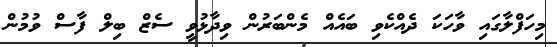
މިހަފްލާގައި ވާހަކަ ދެއްކެވި ބައެއް މެންބަރުން ވިދާޅުވީ ސެޒް ބިލް ފާސް ވުމުން